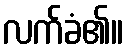
လက်ခံ၏။